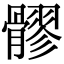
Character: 髎